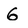
Character: G